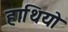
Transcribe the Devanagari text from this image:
हाथियो